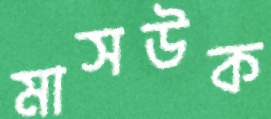
মাসউক